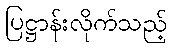
ပြဋ္ဌာန်းလိုက်သည့်